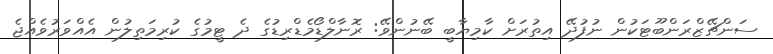
ސަންޗޭޒްރަންބޫޓަކުން ނުފުދޭ އިތުރަށް ކާމިޔާބީ ބޭނުންވޭ: ރޮނާލްޑޯމެޑްރިޑުގެ ދެ ޓީމުގެ ކުރިމަތިލުން އެއްވަރުވެއްޖެ